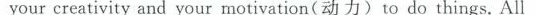
your creativity and your motivation(动力)to do things.All